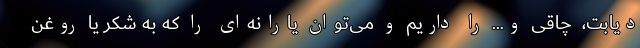
دیابت، ‌ چاقی و... را داریم و می‌توان یارانه‌ای را که به شکر یا روغن